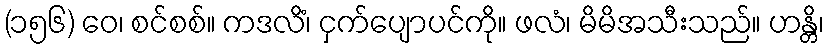
(၁၅၆) ဝေ၊ စင်စစ်။ ကဒလိံ၊ ငှက်ပျောပင်ကို။ ဖလံ၊ မိမိအသီးသည်။ ဟန္တိ၊